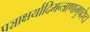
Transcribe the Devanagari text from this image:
पञ्चाक्षर्यादिमन्त्राणामुपदेष्टा